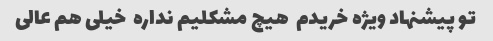
تو پیشنهاد ویژه خریدم  هیچ مشکلیم نداره  خیلی هم عالی